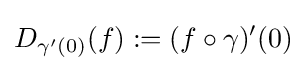
{D_{\gamma '(0)}}(f):=(f\circ \gamma )'(0)